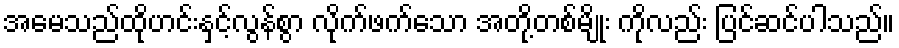
အမေသည်ထိုဟင်းနှင့်လွန်စွာ လိုက်ဖက်သော အတို့တစ်မျိုး ကိုလည်း ပြင်ဆင်ပါသည်။